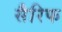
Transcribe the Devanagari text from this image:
सैरिफ